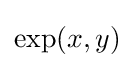
{\textrm {exp}}(x,y)